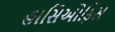
હાસિઓફિસ